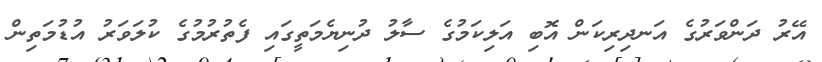
އޭރު ދަންވަރުގެ އަނދިރިކަން އޮބި އަލިކަމުގެ ސާލު ދުނިޔެމަތީގައި ފެތުރުމުގެ ކުލަވަރު އުޑުމަތިން